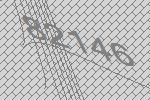
82146